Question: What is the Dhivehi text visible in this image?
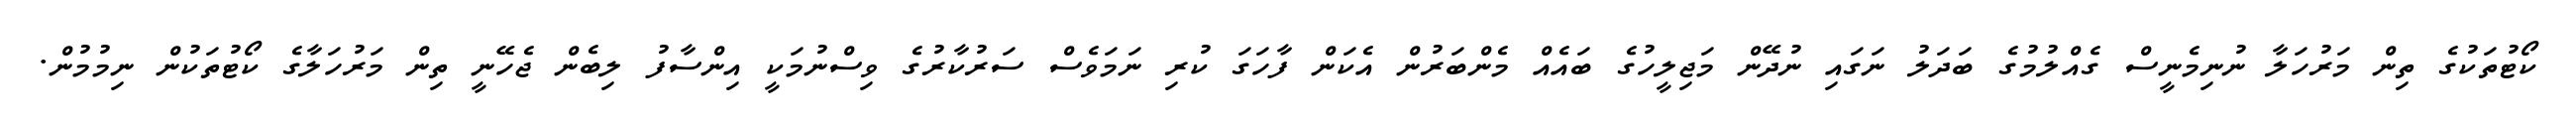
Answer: ކޯޓުތަކުގެ ތިން މަރުހަލާ ނުނިމެނީސް ގެއްލުމުގެ ބަދަލު ނަގައި ނުދޭން މަޖިލީހުގެ ބައެއް މެންބަރުން އެކަން ފާހަގަ ކުރި ނަމަވެސް ސަރުކާރުގެ ވިސްނުމަކީ އިންސާފު ލިބެން ޖެހޭނީ ތިން މަރުހަލާގެ ކޯޓުތަކުން ނިމުމުން.